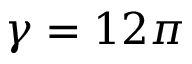
\gamma = 1 2 \pi